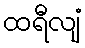
ထရီလျံ